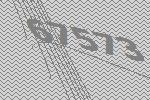
67573